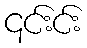
၎င်းင်း